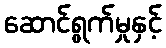
ဆောင်ရွက်မှုနှင့်